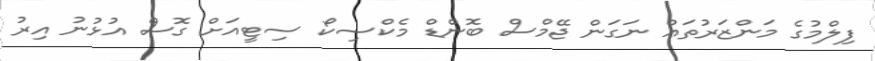
ފިލްމުގެ މަންޒަރުތައް ނަގަން ޖޭމްސް ބޮންޑް މެކްސިކޯ ސިޓީއަށް ގޮސް އުޅުނު އިރު